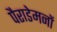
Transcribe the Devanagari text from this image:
पैराडेमनों